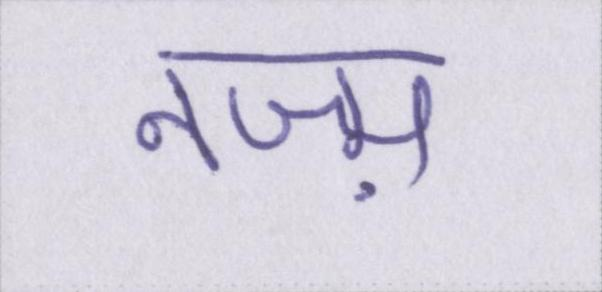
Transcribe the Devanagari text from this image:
नज़्म